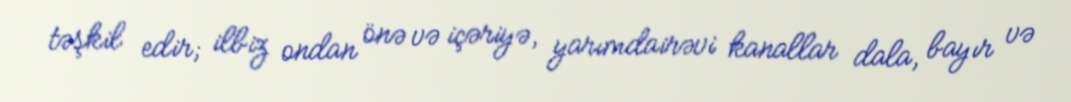
təşkil edir; ilbiz ondan önə və içəriyə, yarımdairəvi kanallar dala, bayır və